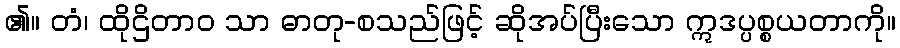
၏။ တံ၊ ထိုဌိတာဝ သာ ဓာတု-စသည်ဖြင့် ဆိုအပ်ပြီးသော ဣဒပ္ပစ္စယတာကို။